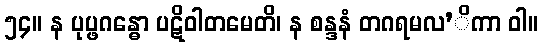
၅၄။ န ပုပ္ဖဂန္ဓော ပဋိဝါတမေတိ၊ န စန္ဒနံ တဂရမလ’ိကာ ဝါ။